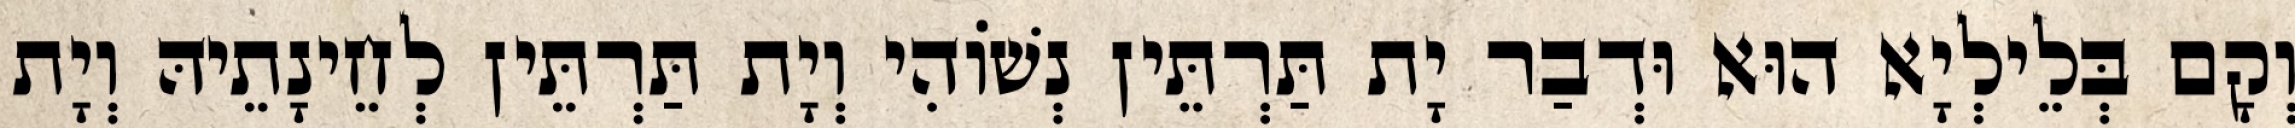
וְקָם בְּלֵילְיָא הוּא וּדְבַר יָת תַּרְתֵּין נְשׁוֹהִי וְיָת תַּרְתֵּין לְחֵינָתֵיהּ וְיָת